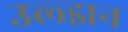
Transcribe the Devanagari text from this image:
उल्झन